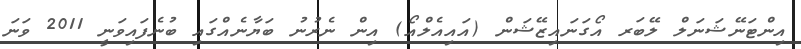
އިންޓަނޭޝަނަލް ލޭބަރ އޯގަނައިޒޭޝަން (އައިއެލްއޯ) އިން ނެރުނު ބަޔާނެއްގައި ބުނެފައިވަނީ 2011 ވަނަ